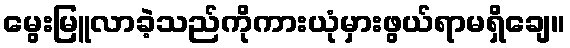
မွေးမြူလာခဲ့သည်ကိုကားယုံမှားဖွယ်ရာမရှိချေ။